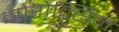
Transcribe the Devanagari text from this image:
नोरोक्सिन